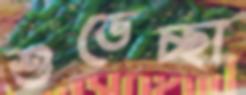
শুভেচ্ছা